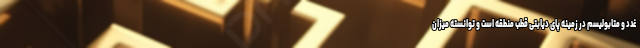
غدد و متابولیسم در زمینه پای دیابتی قطب منطقه است و توانسته میزان